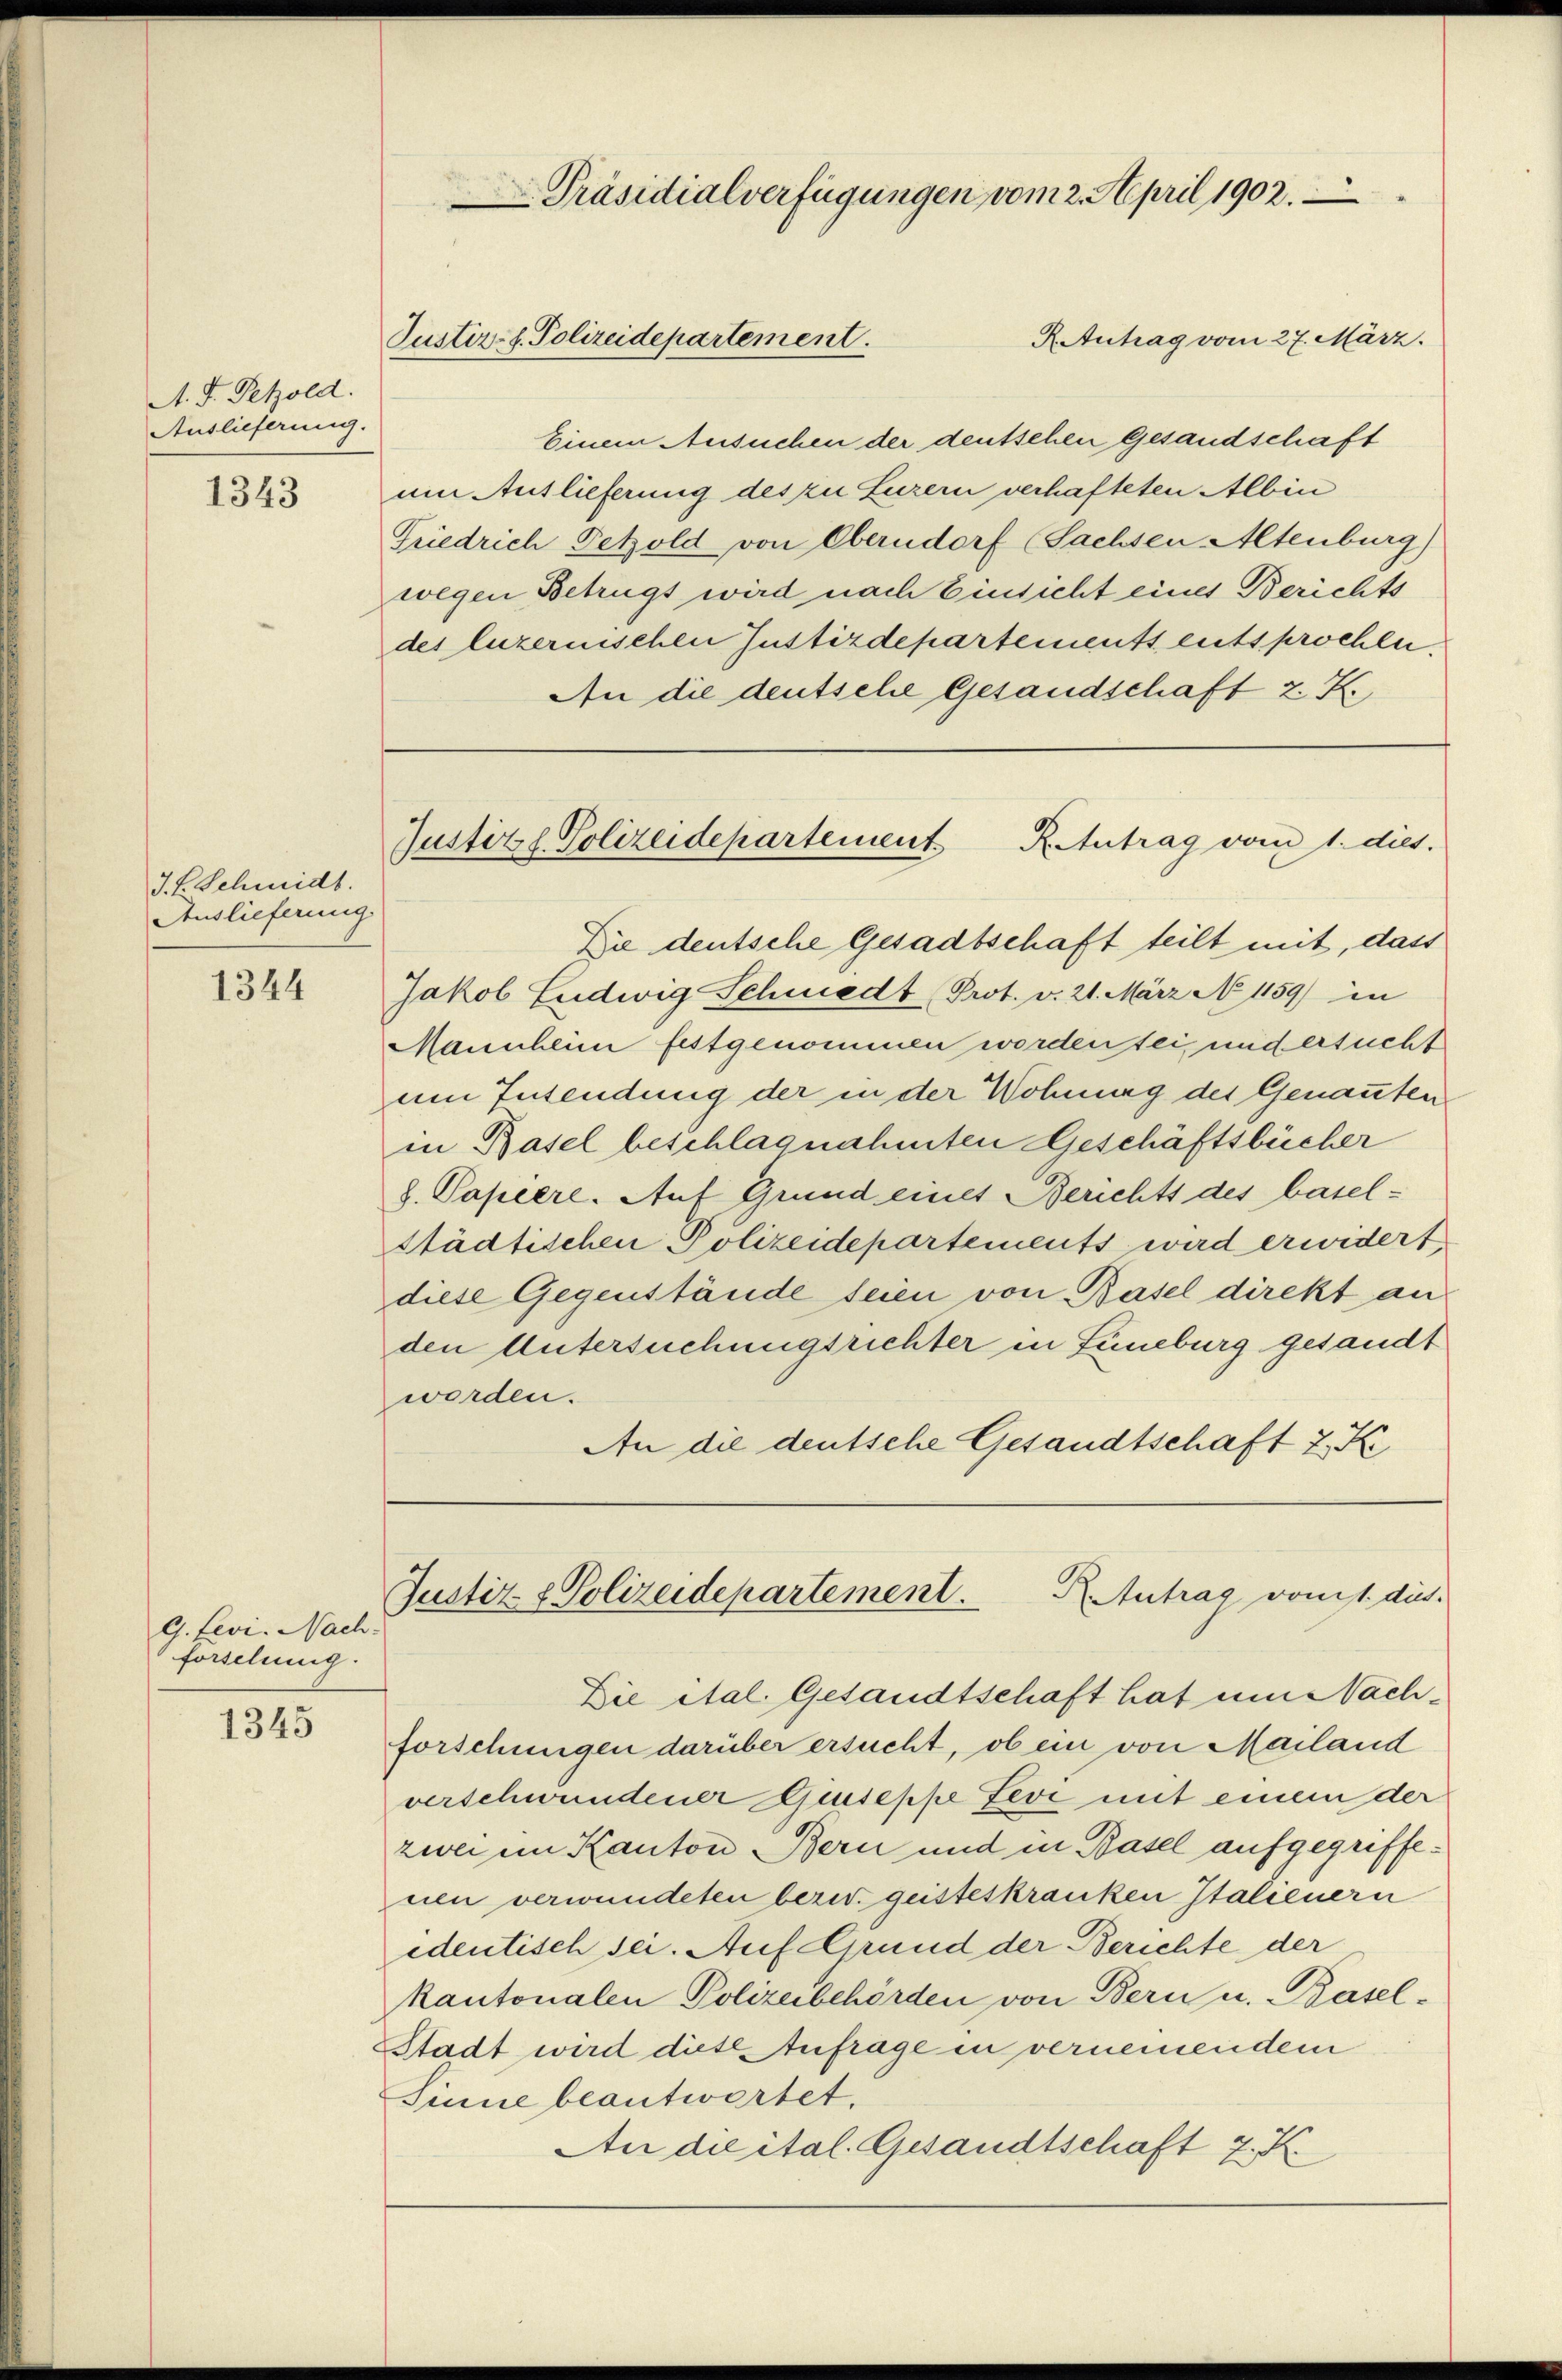
A. F. Petzold.
Auslieferung.

1343

J. F. Schmidt.
Auslieferung

1344

G. Levi. Nach-
forschung.

1345

Präsidialverfügungen vom 2. April 1902.
R. Antrag vom 27. März.
Justiz- u. Polizeidepartement.

Einem Ansuchen der deutschen Gesandschaft
um Auslieferung des zu Luzern verhafteten Albin
Friedrich Tetzold von Oberndorf (Sachsen Altenburg)
wegen Betrügt wird nach Einsicht eines Berichts
des luzernischen Justizdepartements entsprochen.
An die deutsche Gesandschaft z. K.

Justizzl. Polizeidepartement K. Antrag vom 1. dies.

Die deutsche Gesadtschaft teilt mit, dass
Jakob Ludwig Schmiedt (Prot. v. 21. März N 1159) in
Mannheim festgenommen worden sei, und ersucht
um Insendung der in der Wohnung des Genanntenin Basel beschlagnahmten Geschäftsbücher
8. Papiere. Auf Grund eines Berichts des basel¬
Städtischen Polizeidepartements wird erwidert,
diese Gegenstände seien von Basel direkt an
den Untersuchungsrichter in Lüneburg gesandt
worden.
An die deutsche Gesandtschaft z. K

R. Antrag vonis dies
Justiz- & Polizeidepartement.

Die ital. Gesandtschaft hat um Nachforschungen darüber ersucht, ob ein von Mailand
verschwundener Quiseppe Levi mit einem der
zwei im Kanton Bern und in Basel aufgegriffenen verwundeten berit. geisteskranken Italienern
edentisch sei. Auf Grund der Berichte der
kantonalen Polizeibehörden von Bern u. Basel-
Stadt wird diese Anfrage in vernemendem
Sinne beantwortet.
An die ital. Gesandtschaft z. K.